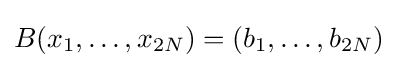
B(x_{1},\ldots ,x_{2N})=(b_{1},\ldots ,b_{2N})